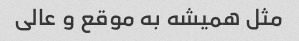
مثل همیشه به موقع و عالی